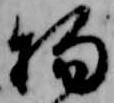
物